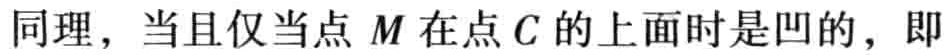
同理，当且仅当点 \(M\) 在点 \(C\) 的上面时是凹的，即